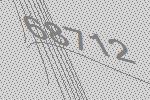
68712